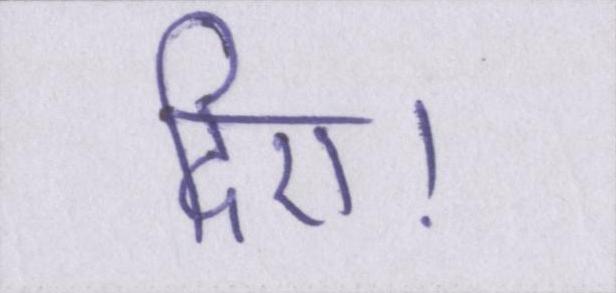
दिए।